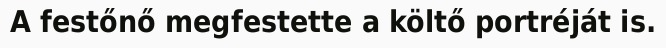
A festőnő megfestette a költő portréját is.